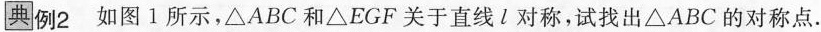
典例2 如图1所示，\triangle ABC和\triangle EGF关于直线l对称，试找出\triangle ABC的对称点.